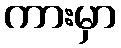
ကားမှာ